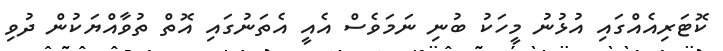
ކޮޓަރިއެއްގައި އުޅުނު މީހަކު ބުނި ނަމަވެސް އެއީ އެތަނުގައި އޮތް ތުވާއްޔަކުން ދުވި